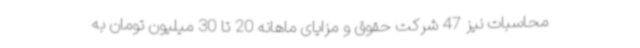
محاسبات نیز 47 شرکت حقوق و مزایای ماهانه 20 تا 30 میلیون تومان به